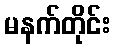
မနက်တိုင်း